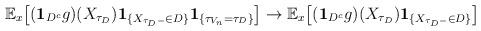
LaTeX: \begin{align*}\mathbb E_x\big[(\mathbf1_{D^c}g)(X_{\tau_{D}})\mathbf1_{\{X_{\tau_D-}\in D\}}\mathbf1_{\{\tau_{V_n}=\tau_D\}}\big]\to \mathbb E_x\big[(\mathbf1_{D^c}g)(X_{\tau_{D}})\mathbf1_{\{X_{\tau_D-}\in D\}}\big]\end{align*}